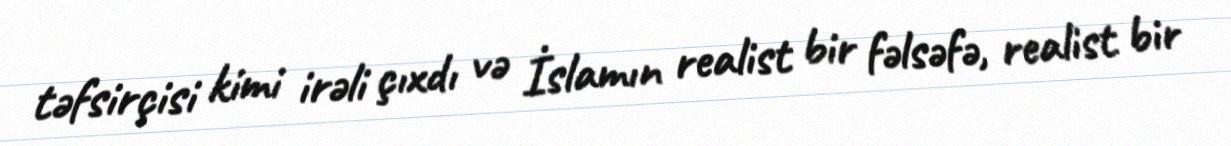
təfsirçisi kimi irəli çıxdı və İslamın realist bir fəlsəfə, realist bir